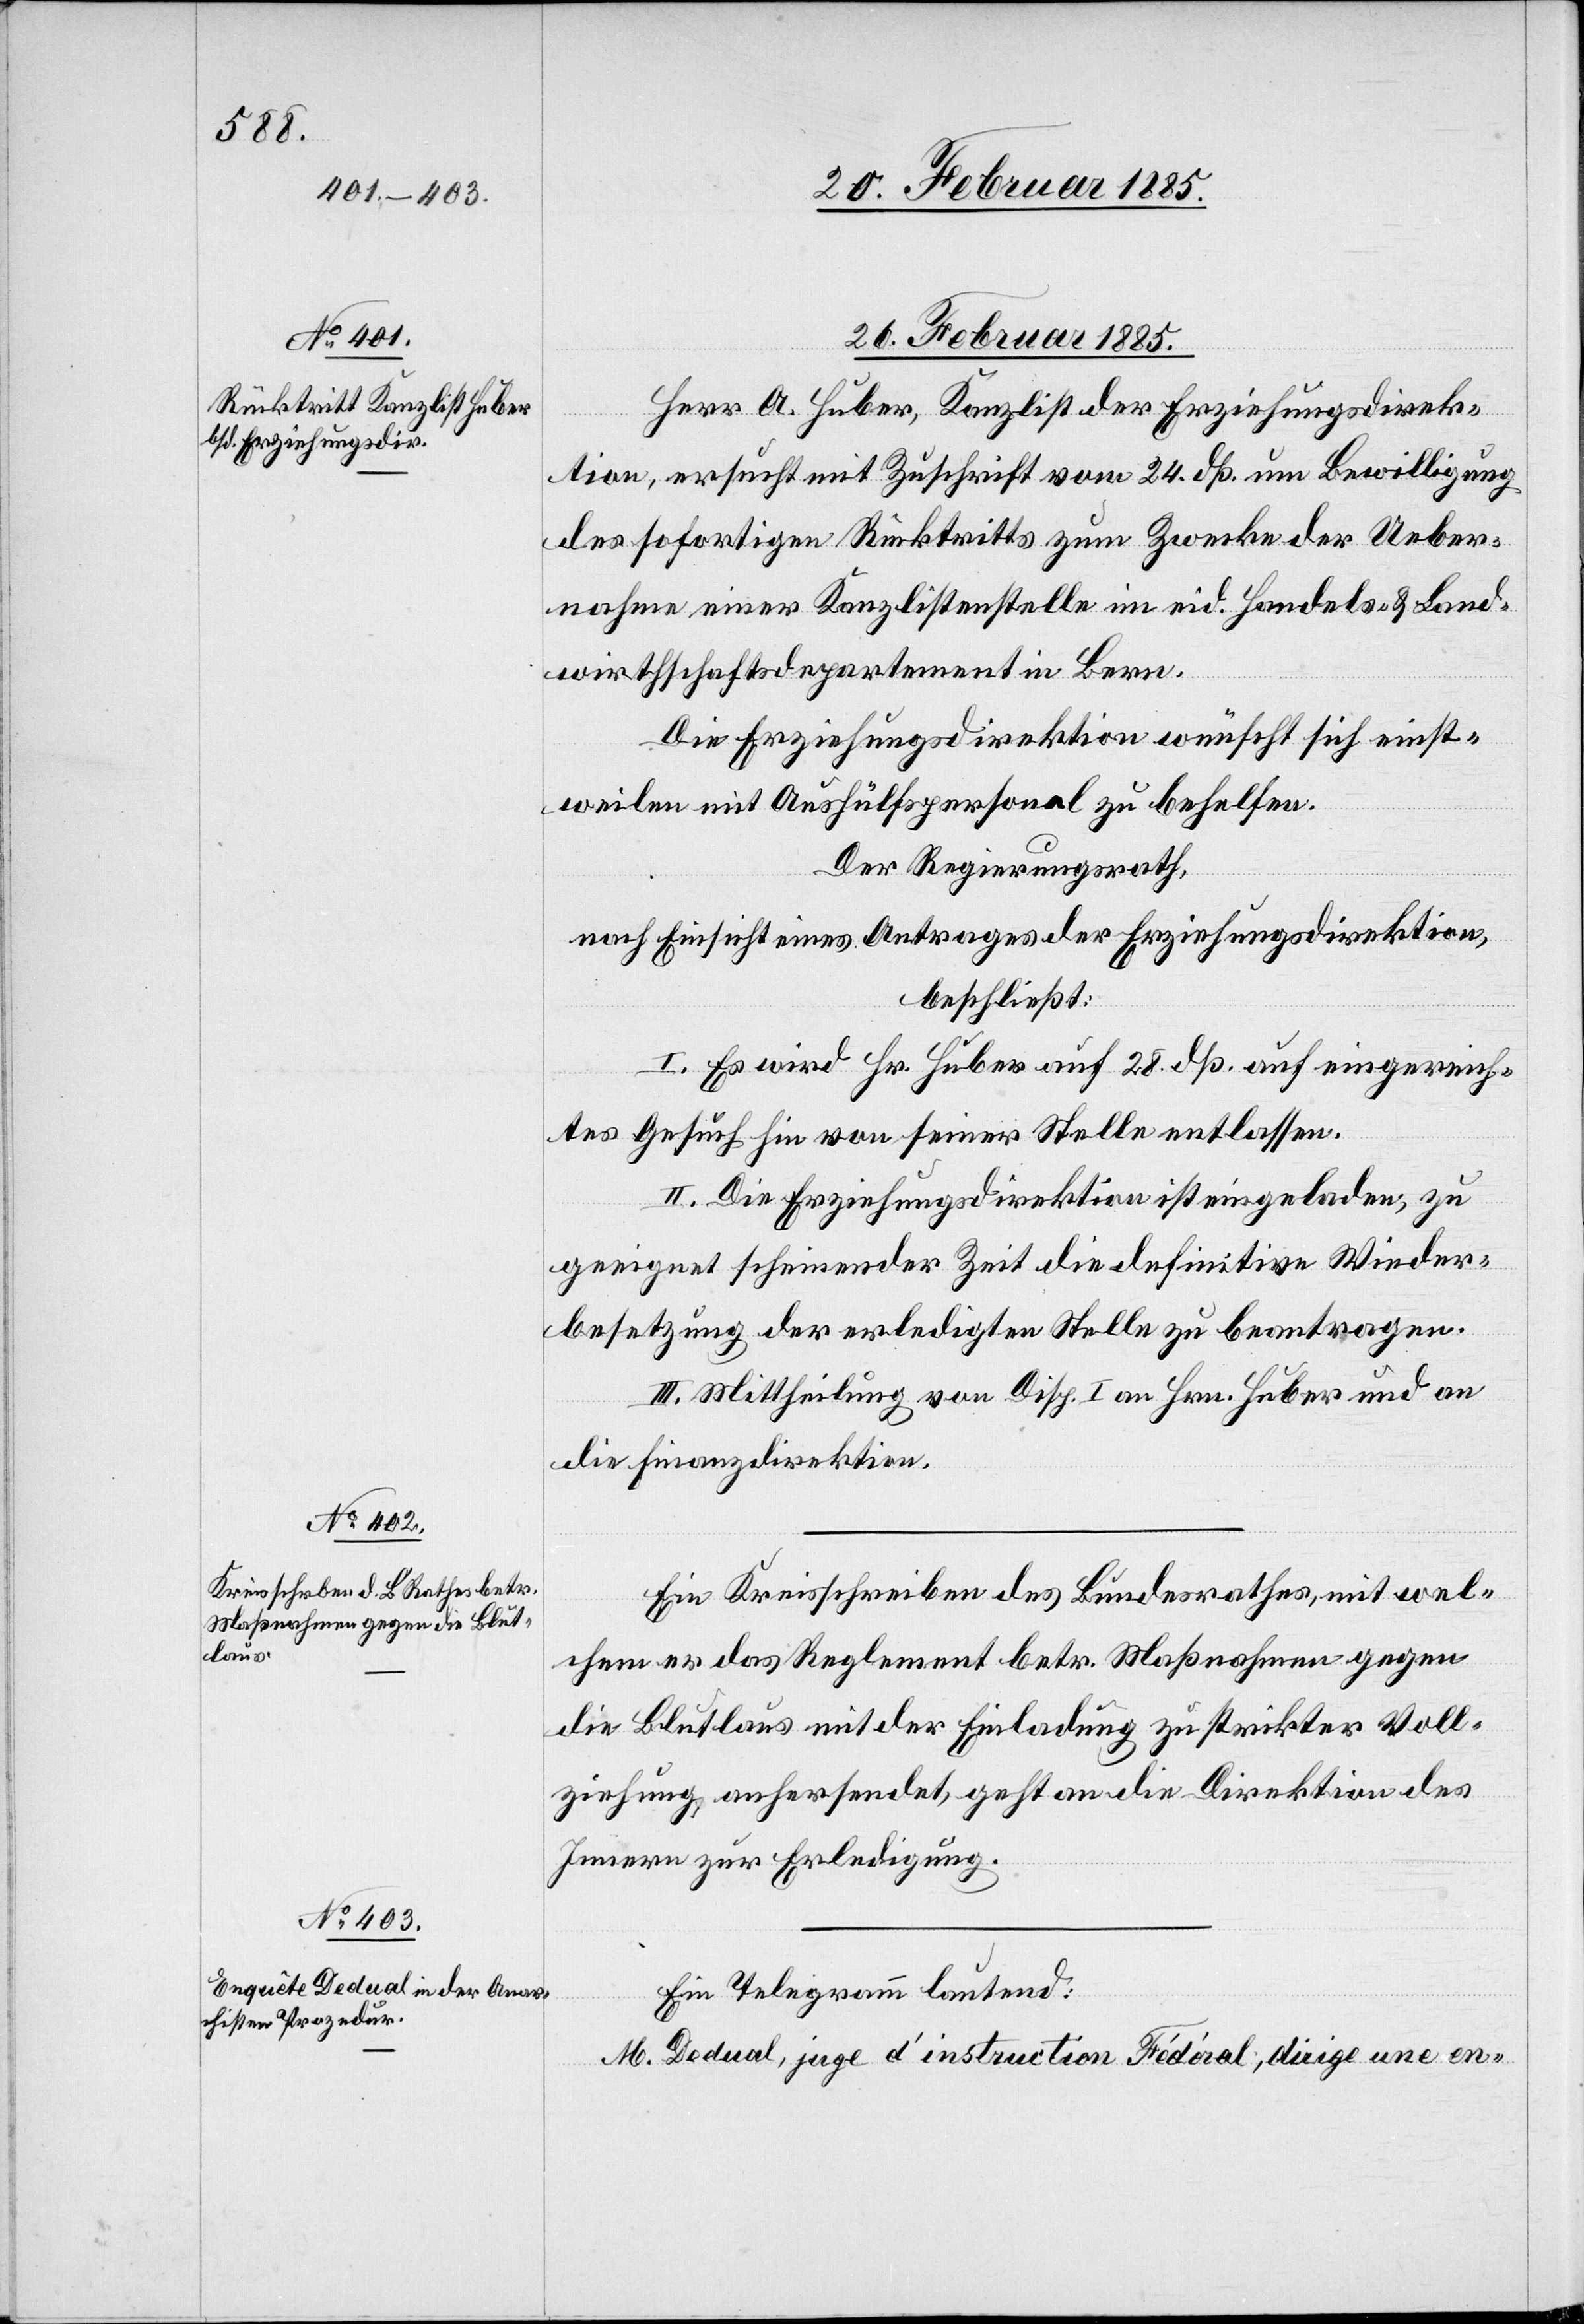
26. Februar 1885.]
26. Februar 1885.
Herr A. Huber, Kanzlist der Erziehungsdirek¬
tion, ersucht mit Zuschrift vom 24. dß. um Bewilligung
des sofortigen Rücktritts zum Zwecke der Ueber¬
nahme einer Kanzleistelle im eid. Handels- & Land¬
wirthschaftsdepartement in Bern.
Die Erziehungsdirektion wünscht sich einst¬
weilen mit Aushülfspersonal zu behelfen.
Der Regierungsrath,
nach Einsicht eines Antrages der Erziehungsdirektion,
beschließt:
I. Es wird Hr. Huber auf 28. dß. auf eingereich¬
tes Gesuch hin von seiner Stelle entlassen.
II. Die Erziehungsdirektion ist eingeladen, zu
geeignet scheinender Zeit die definitive Wieder¬
besetzung der erledigten Stelle zu beantragen.
III. Mittheilung von Disp. I an Hrn. Huber und an
die Finanzdirektion.
Ein Kreisschreiben des Bundesrathes, mit wel¬
chem er das Reglement betr. Maßnahmen gegen
die Blutlaus mit der Einladung zu strikter Voll¬
ziehung, anhersendet, geht an die Direktion des
Innern zur Erledigung.
Ein Telegramm lautend:
M. Dedual, juge d’instruction Fédéral, dirige une en-